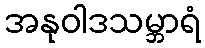
အနုဝါဒသမ္ဘာရံ